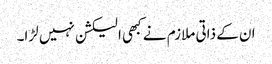
ان کے ذاتی ملازم نے کبھی الیکشن نہیں لڑا۔